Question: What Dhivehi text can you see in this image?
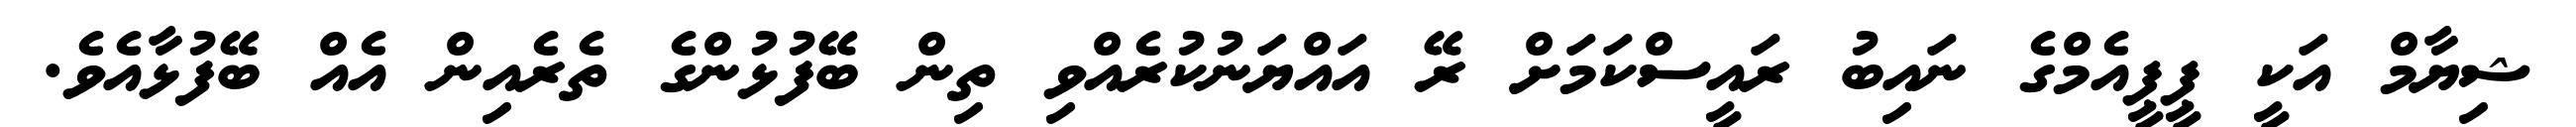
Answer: ޝިޔާމް އަކީ ޕީޕީއެމްގެ ނައިބު ރައީސްކަމަށް ރޭ އައްޔަނުކުރެއްވި ތިން ބޭފުޅުންގެ ތެރެއިން އެއް ބޭފުޅާއެވެ.